Reports on military cantonments and civil stations in the Presidency of Bombay inspected by the Sanitary Commissioner in the years 1875 and 1876
Year: 1875
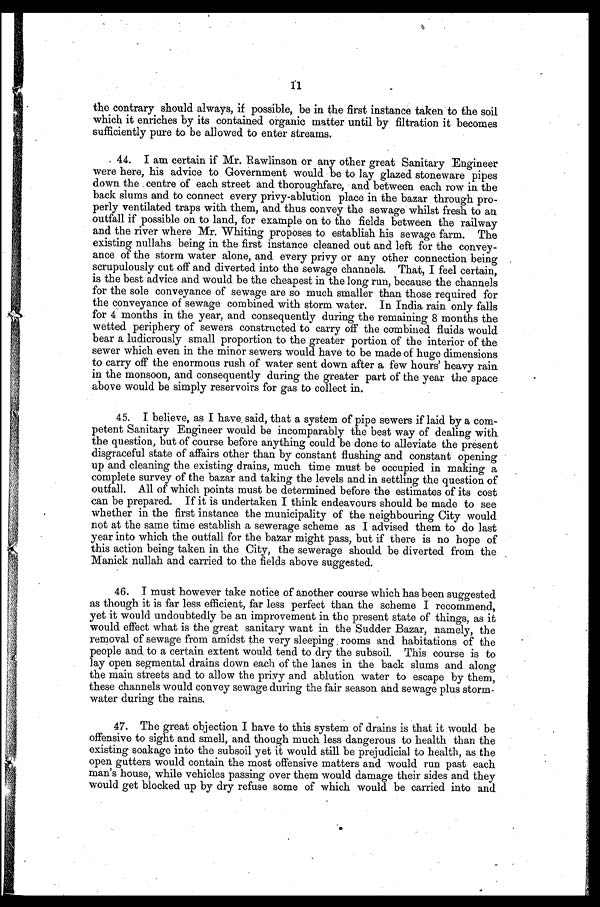
11
the contrary should always, if possible, be in the first instance taken to the soil
which it enriches by its contained organic matter until by filtration it becomes
sufficiently pure to be allowed to enter streams.
44. I am certain if Mr. Rawlinson or any other great Sanitary Engineer
were here, his advice to Government would be to lay glazed stoneware pipes
down the centre of each street and thoroughfare, and between each row in the
back slums and to connect every privy-ablution place in the bazar through pro-
perly ventilated traps with them, and thus convey the sewage whilst fresh to an
outfall if possible on to land, for example on to the fields between the railway
and the river where Mr. Whiting proposes to establish his sewage farm. The
existing nullahs being in the first instance cleaned out and left for the convey-
ance of the storm water alone, and every privy or any other connection being
scrupulously cut off and diverted into the sewage channels. That, I feel certain,
is the best advice and would be the cheapest in the long run, because the channels
for the sole conveyance of sewage are so much smaller than those required for
the conveyance of sewage combined with storm water. In India rain only falls
for 4 months in the year, and consequently during the remaining 8 months the
wetted periphery of sewers constructed to carry off the combined fluids would
bear a ludicrously small proportion to the greater portion of the interior of the
sewer which even in the minor sewers would have to be made of huge dimensions
to carry off the enormous rush of water sent down after a few hours' heavy rain
in the monsoon, and consequently during the greater part of the year the space
above would be simply reservoirs for gas to collect in.
45. I believe, as I have, said, that a system of pipe sewers if laid by a com-
- p e t e n t S a n i t a r y E n g i n e e r w o u l d b e i n c o m p a r a b l y t h e b e s t w a y o f d e a l i n g w i t h
the question, but of course before anything could be done to alleviate the present
disgraceful state of affairs other than by constant flushing and constant opening
up and cleaning the existing drains, much time must be occupied in making a
complete survey of the bazar and taking the levels and in settling the question of
outfall. All of which points must be determined before the estimates of its cost
can be prepared. If it is undertaken I think endeavours should be made to see
whether in the first instance the municipality of the neighbouring City would
not at the same time establish a sewerage scheme as I advised them to do last
year into which the outfall for the bazar might pass, but if there is no hope of
this action being taken in the City, the sewerage should be diverted from the
Manick nullah and carried to the fields above suggested.
46. I must however take notice of another course which has been suggested
as though it is far less efficient, far less perfect than the scheme I recommend,
yet it would undoubtedly be an improvement in the present state of things, as it
would effect what is the great sanitary want in the Sudder Bazar, namely, the
removal of sewage from amidst the very sleeping . rooms and habitations of the
people and, to a certain extent would tend to dry the subsoil. This course is to
lay open segmental drains down each of the lanes in the back slums and along
the main streets and to allow the privy and ablution water to escape by them,
these channels would convey sewage during the fair season and sewage plus storm-
water during the rains.
47. The great objection I have to this system of drains is that it would be
offensive to sight and smell, and though much less dangerous to health than the
existing soakage into the subsoil yet it would still be prejudicial to health, as the
open gutters would contain the most offensive matters and would run past each
man's house, while vehicles passing over them would damage their sides and they
would get blocked up by dry refuse some of which would be carried into and